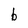
Character: b